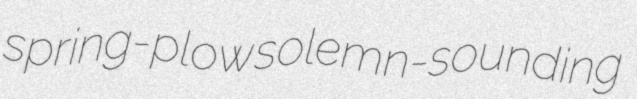
spring-plow solemn-sounding